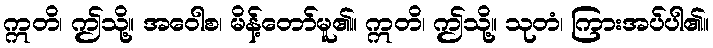
ဣတိ၊ ဤသို့။ အဝေါစ၊ မိန့်တော်မူ၏။ ဣတိ၊ ဤသို့။ သုတံ၊ ကြားအပ်ပါ၏။